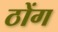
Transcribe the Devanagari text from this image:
ठोंग